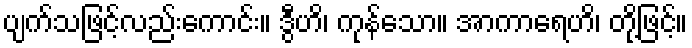
ပျက်သဖြင့်လည်းကောင်း။ ဒွီဟိ၊ ကုန်သော။ အာကာရေဟိ၊ တို့ဖြင့်။